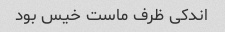
اندکی ظرف ماست خیس بود